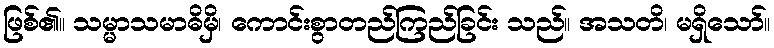
ဖြစ်၏။ သမ္မာသမာဓိမှိ၊ ကောင်းစွာတည်ကြည်ခြင်း သည်။ အသတိ၊ မရှိသော်။